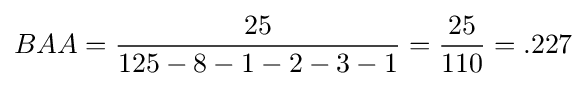
BAA={\frac {25}{125-8-1-2-3-1}}={\frac {25}{110}}=.227